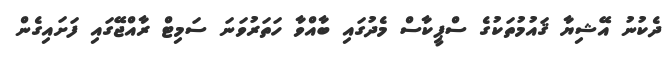
ދެކުނު އޭޝިޔާ ޤައުމުތަކުގެ ސްޕީކާސް މެދުގައި ބާއްވާ ހަތަރުވަނަ ސަމިޓް ރާއްޖޭގައި ފަށައިގެން